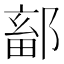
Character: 鄐